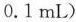
0.1mL)